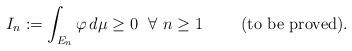
LaTeX: \begin{align*} I_n:= \int_{E_n} \varphi \, d \mu \geq 0 \ \ \forall \ n \geq 1 \ \ \ \ \ \ \ \mbox{(to be proved)}.\end{align*}